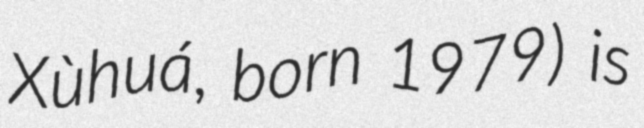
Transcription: Xùhuá, born 1979) is